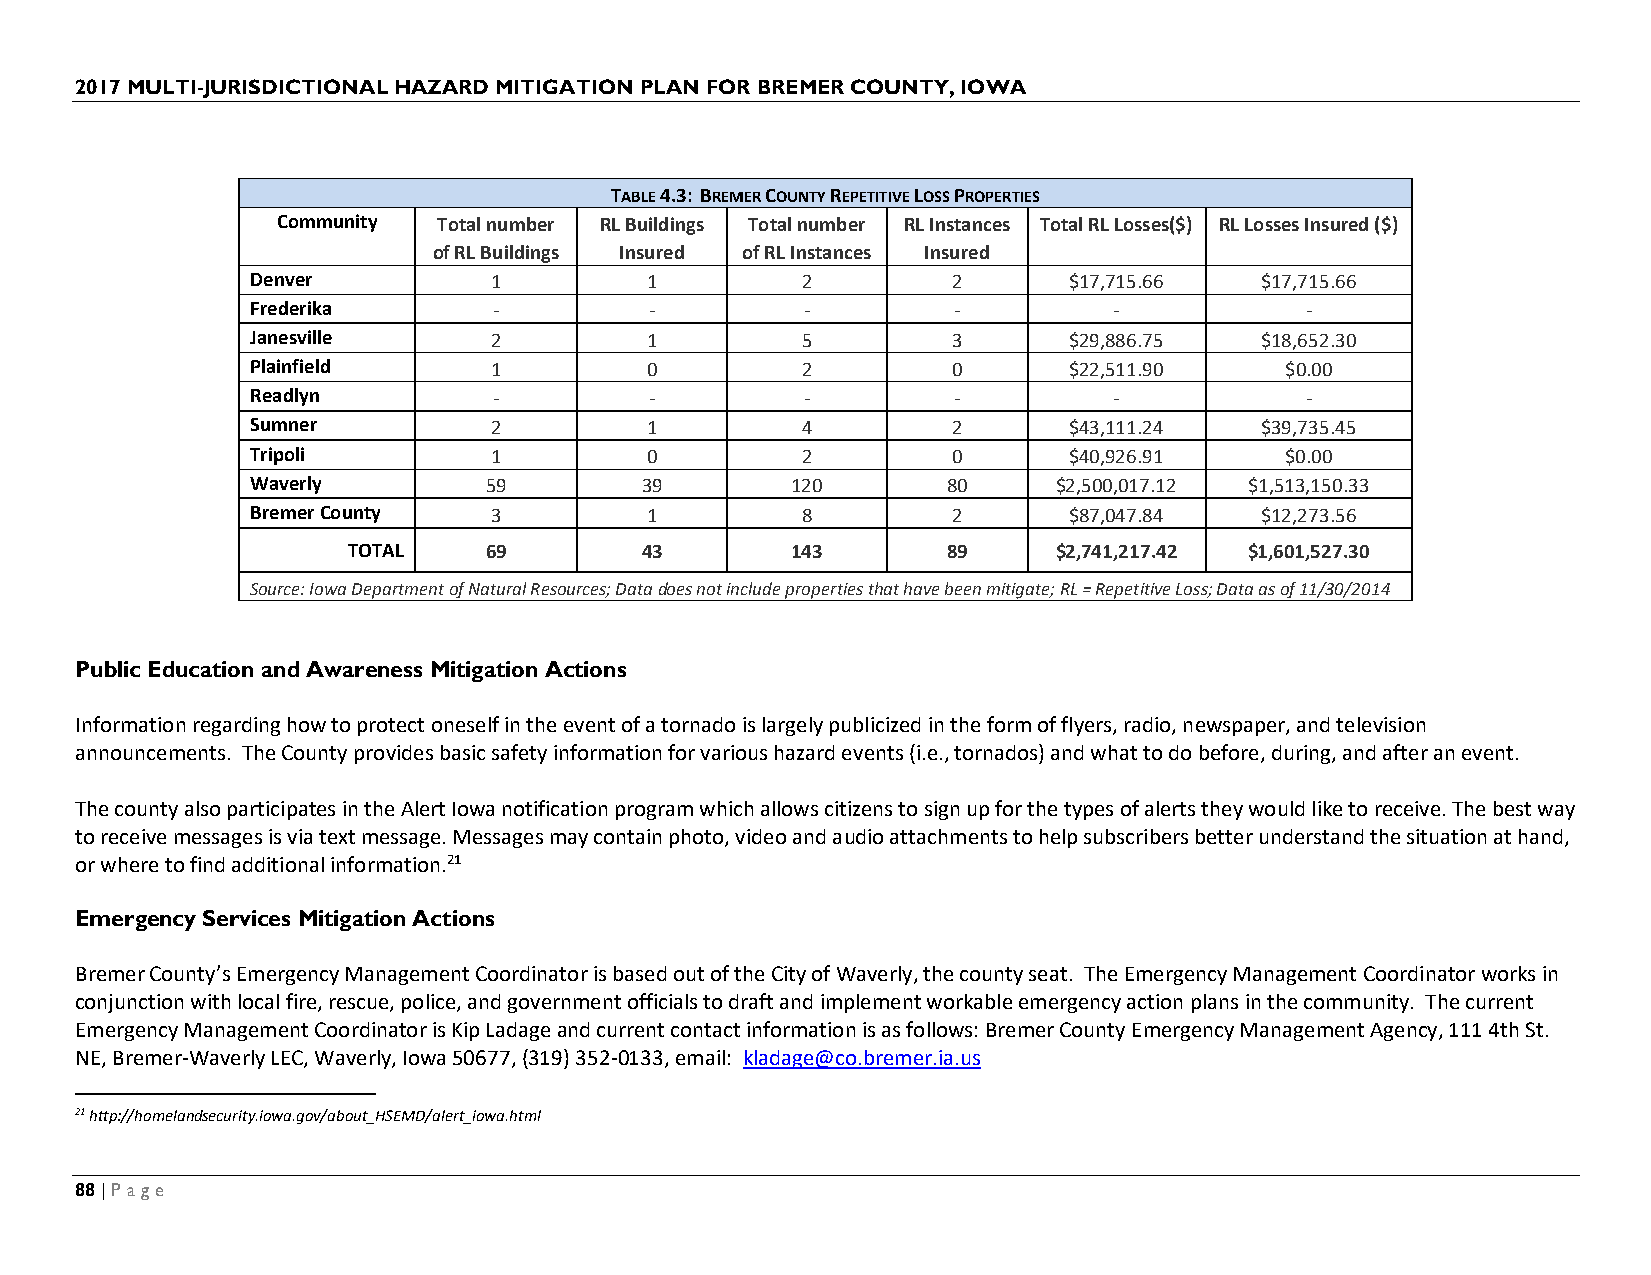
2017 MULTI-JURISDICTIONAL HAZARD MITIGATION PLAN FOR BREMER COUNTY, IOWA
 TABLE 4.3: BREMER COUNTY REPETITIVE LOSS PROPERTIES
 Community  Total number RL Buildings Total number RL Instances Total RL Losses($) RL Losses Insured ($)
 of RL Buildings Insured of RL Instances Insured
 Denver         1          1         2         2       $17,715.66  $17,715.66
 Frederika       -         -         -         -          -           -
 Janesville     2          1         5         3       $29,886.75  $18,652.30
 Plainfield     1          0         2         0       $22,511.90    $0.00
 Readlyn         -         -         -         -          -           -
 Sumner         2          1         4         2       $43,111.24  $39,735.45
 Tripoli        1          0         2         0       $40,926.91    $0.00
 Waverly        59        39        120        80     $2,500,017.12 $1,513,150.33
 Bremer County  3          1         8         2       $87,047.84  $12,273.56
 TOTAL    69        43        143        89     $2,741,217.42 $1,601,527.30
 Source: Iowa Department of Natural Resources; Data does not include properties that have been mitigate; RL = Repetitive Loss; Data as of 11/30/2014
 Public Education and Awareness Mitigation Actions
 Information regarding how to protect oneself in the event of a tornado is largely publicized in the form of flyers, radio, newspaper, and television
 announcements. The County provides basic safety information for various hazard events (i.e., tornados) and what to do before, during, and after an event.
 The county also participates in the Alert Iowa notification program which allows citizens to sign up for the types of alerts they would like to receive. The best way
 to receive messages is via text message. Messages may contain photo, video and audio attachments to help subscribers better understand the situation at hand,
 or where to find additional information.21
 Emergency Services Mitigation Actions
 Bremer County’s Emergency Management Coordinator is based out of the City of Waverly, the county seat. The Emergency Management Coordinator works in
 conjunction with local fire, rescue, police, and government officials to draft and implement workable emergency action plans in the community. The current
 Emergency Management Coordinator is Kip Ladage and current contact information is as follows: Bremer County Emergency Management Agency, 111 4th St.
 NE, Bremer-Waverly LEC, Waverly, Iowa 50677, (319) 352-0133, email: kladage@co.bremer.ia.us
 21 http://homelandsecurity.iowa.gov/about_HSEMD/alert_iowa.html
 88 | Page